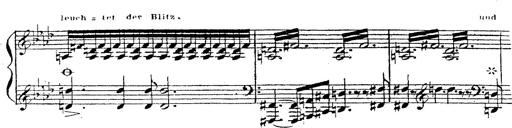
Title: 12 Lieder von Franz Schubert
Composer: Franz Liszt